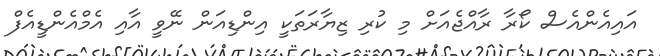
އައިއެންއެސް ކޯރާ ރާއްޖެއަށް މި ކުރި ޒިޔާރަތަކީ އިންޑިއަން ނޭވީ އާއި އެމްއެންޑީއެފް